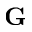
\mathbf { G }